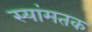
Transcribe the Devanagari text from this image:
स्यांमतक